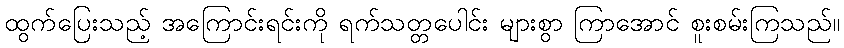
ထွက်ပြေးသည့် အကြောင်းရင်းကို ရက်သတ္တပေါင်း များစွာ ကြာအောင် စူးစမ်းကြသည်။